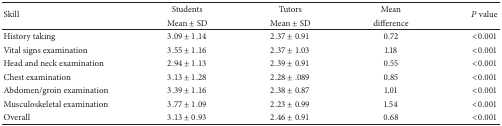
<table><thead><tr><td rowspan="2"><b>Skill</b></td><td><b>Students</b></td><td><b>Tutors</b></td><td><b>Mean</b></td><td rowspan="2"><b><i>P</i> value</b></td></tr><tr><td><b>Mean ± SD</b></td><td><b>Mean ± SD</b></td><td><b>difference</b></td></tr></thead><tbody><tr><td>History taking </td><td>3.09 ± 1.14</td><td>2.37 ± 0.91</td><td>0.72 </td><td>&lt;0.001 </td></tr><tr><td>Vital signs examination </td><td>3.55 ± 1.16</td><td>2.37 ± 1.03</td><td>1.18 </td><td>&lt;0.001 </td></tr><tr><td>Head and neck examination </td><td>2.94 ± 1.13</td><td>2.39 ± 0.91</td><td>0.55 </td><td>&lt;0.001 </td></tr><tr><td>Chest examination </td><td>3.13 ± 1.28</td><td>2.28 ± .089</td><td>0.85 </td><td>&lt;0.001 </td></tr><tr><td>Abdomen/groin examination </td><td>3.39 ± 1.16</td><td>2.38 ± 0.87</td><td>1.01 </td><td>&lt;0.001 </td></tr><tr><td>Musculoskeletal examination </td><td>3.77 ± 1.09</td><td>2.23 ± 0.99</td><td>1.54 </td><td>&lt;0.001 </td></tr><tr><td>Overall </td><td>3.13 ± 0.93</td><td>2.46 ± 0.91</td><td>0.68 </td><td>&lt;0.001 </td></tr></tbody></table>